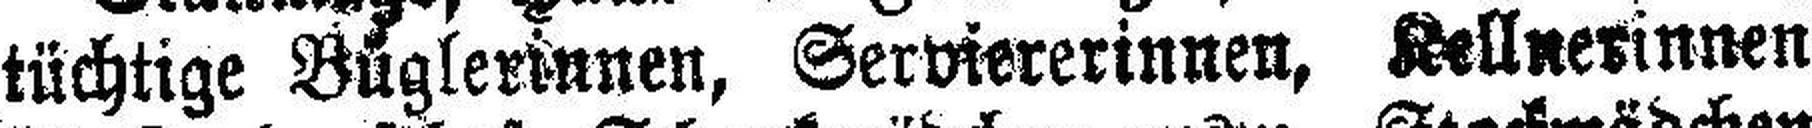
tüchtige Büglerinnen, Serviererinnen, Kellnerinnen